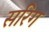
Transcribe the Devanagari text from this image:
सरिग